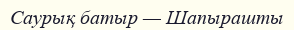
Саурық батыр — Шапырашты